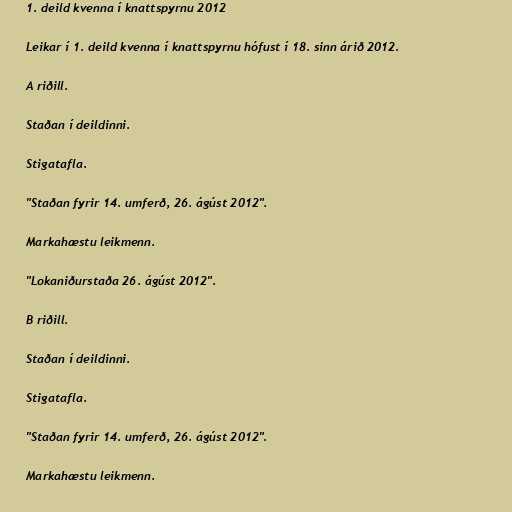
1. deild kvenna í knattspyrnu 2012

Leikar í 1. deild kvenna í knattspyrnu hófust í 18. sinn árið 2012.

A riðill.

Staðan í deildinni.

Stigatafla.

"Staðan fyrir 14. umferð, 26. ágúst 2012".

Markahæstu leikmenn.

"Lokaniðurstaða 26. ágúst 2012".

B riðill.

Staðan í deildinni.

Stigatafla.

"Staðan fyrir 14. umferð, 26. ágúst 2012".

Markahæstu leikmenn.